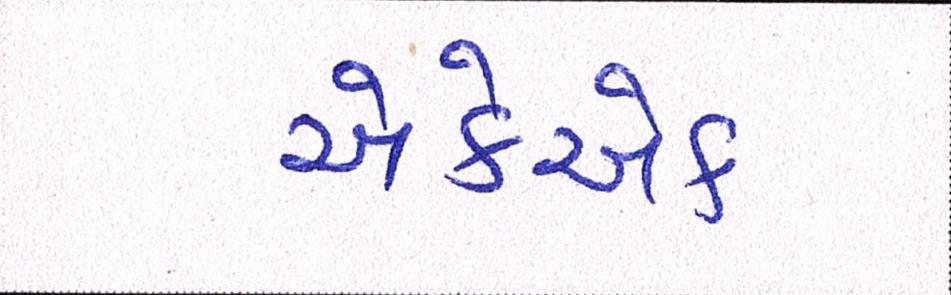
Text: એકેએક